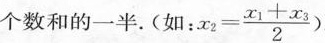
个数和的一半。(如：x_{2}= \frac{x_{1}+x_{3}}{2}。